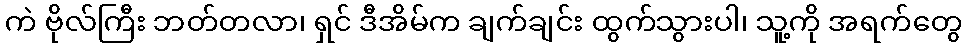
ကဲ ဗိုလ်ကြီး ဘတ်တလာ၊ ရှင် ဒီအိမ်က ချက်ချင်း ထွက်သွားပါ၊ သူ့ကို အရက်တွေ